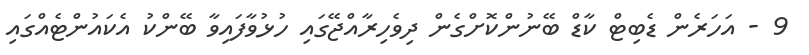
9 - އަހަރެން ޑެބިޓް ކާޑް ބޭނުންކޮށްގެން ދިވެހިރާއްޖޭގައި ހުޅުވާފައިވާ ބޭންކު އެކައުންޓެއްގައި